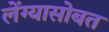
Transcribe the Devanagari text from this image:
लेंग्यासोबत